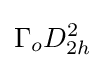
\Gamma _{o}D_{2h}^{2}